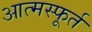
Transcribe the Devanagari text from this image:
आत्मस्फूर्त